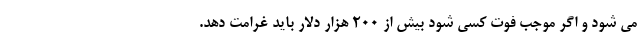
می شود و اگر موجب فوت کسی شود بیش از ۲۰۰ هزار دلار باید غرامت دهد.